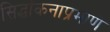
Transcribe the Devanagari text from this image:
सिद्धांकनाप्रमाणे